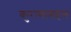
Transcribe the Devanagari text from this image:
कुराणाबद्दल